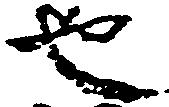
也